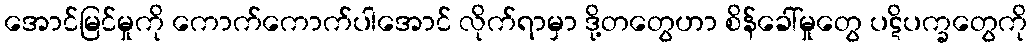
အောင်မြင်မှုကို ကောက်ကောက်ပါအောင် လိုက်ရာမှာ ဒို့တတွေဟာ စိန်ခေါ်မှုတွေ ပဋိပက္ခတွေကို